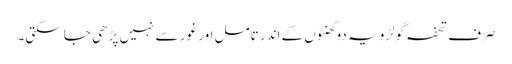
صرف تحفہ گولڑویہ دو گھنٹوں کے اندر تامل اور غور سے نہیں پڑھی جا سکتی۔